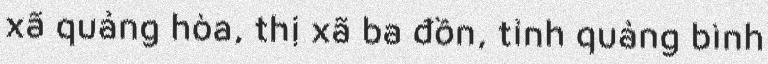
xã quảng hòa, thị xã ba đồn, tỉnh quảng bình